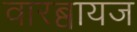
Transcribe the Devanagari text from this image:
वारब्वायज